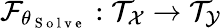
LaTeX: \mathcal{F}_{\theta_{\mathrm{~S~o~l~v~e~}}}:\mathcal{T}_{\mathcal{X}}\to\mathcal{T}_{\mathcal{Y}}